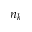
n _ { k }